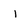
Character: i